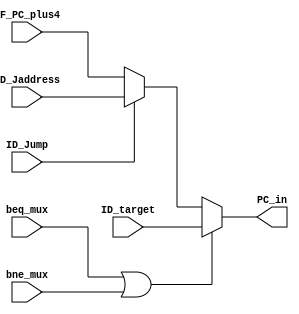
`timescale 1ns / 1ps
//////////////////////////////////////////////////////////////////////////////////
// Company: 
// Engineer: 
// 
// Design Name: 
// Module Name: PC_MUX
// Project Name: 
// Target Devices: 
// Tool Versions: 
// Description: 
// 
// Dependencies: 
// 
// Revision:
// Revision 0.01 - File Created
// Additional Comments:
// 
//////////////////////////////////////////////////////////////////////////////////


module PC_MUX(
IF_PC_plus4,
bne_mux,
beq_mux,
ID_Jump,
ID_Jaddress,
ID_target,
PC_in
    );
input [31:0] IF_PC_plus4, ID_Jaddress, ID_target;
input beq_mux,bne_mux, ID_Jump;
output [31:0] PC_in;
reg [31:0] PC_in;
always@(*)
begin
if (beq_mux==1||bne_mux ==1) PC_in<=ID_target;
else if (ID_Jump==1) PC_in<=ID_Jaddress;
else PC_in<=IF_PC_plus4;
end
endmodule